Report of an investigation into the causes of malaria in Bombay and the measures necessary for its control
Disease focus: Malaria
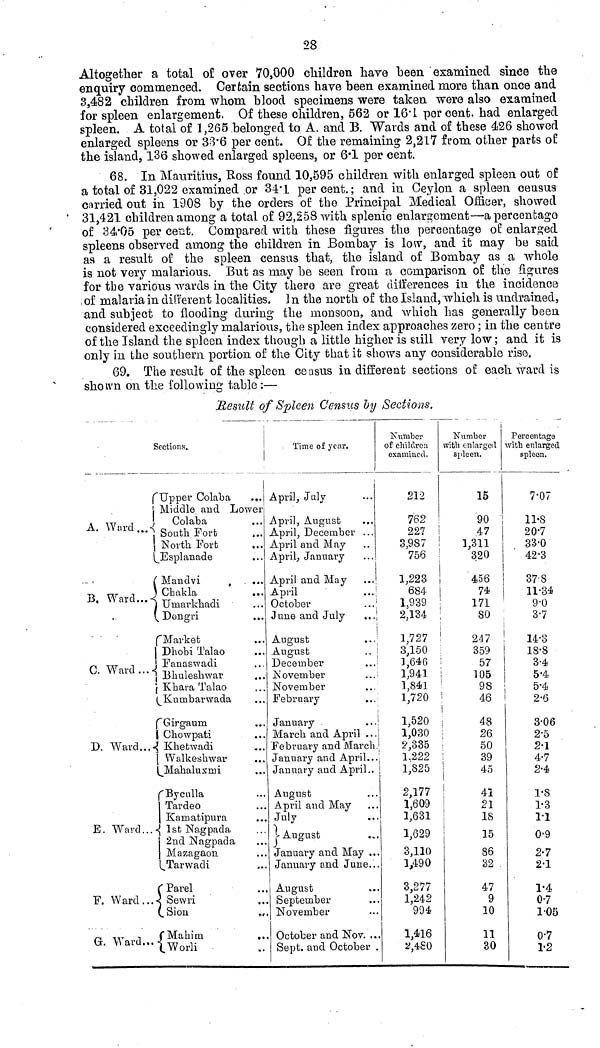
28
Altogether a total of over 70,000 children have been examined since the
enquiry commenced. Certain sections have been examined more than once and
3,482 children from whom blood specimens were taken were also examined
for spleen enlargement. Of these children, 562 or 16.1 per cent. had enlarged
spleen. A total of 1,265 belonged to A. and B. "Wards and of these 426 showed
enlarged spleens or 33.6 per cent. Of the remaining 2,217 from other parts of
the island, 136 showed enlarged spleens, or 6.1 per cent.
68. In Mauritius, Ross found 10,595 children with enlarged spleen out of
a total of 31,022 examined or 34.1 per cent.; and in Ceylon a spleen census
curried out in 19.08 by the orders of the Principal Medical Officer, showed
31,421 children among a total of 92,258 with splenic enlargement—a percentage
of 34.05 per cent. Compared with these figures the percentage of enlarged
spleens observed among the children in Bombay is low, and it may be said
as a result of the spleen census that, the island of Bombay as a whole
is not very malarious. But as may be seen from a comparison of the figures
for the various wards in the City there are great differences in the incidence
of malaria in different localities. In the north of the Island, which is undrained,
and subject to flooding during the monsoon, and which has generally been
considered exceedingly malarious, the spleen index approaches zero ; in the centre
of the Island the spleen index though a little higher is still very low ; and it is
only in the southern portion of the City that it shows any considerable rise.
69. The result of the spleen ceasus in different sections of each ward is
shown on the following table :—
Result of Spleen Census by Sections.
Sections.
1
f Upper Colaba
,,.
A. Wiird„,-
j Middle and Lower
I Colaba
] South Fort
1 North Fort
Esplanade
( Mandvi
B, Ward...-
C. Ward...
D. Ward...
E. Ward...
F. Ward...
G. Ward...
) Chakla
} Umarkhadi
V_ Dongri
f Market
1 Dhobi Talao
J Fanaswadi
} Bhuleshwar
j Kb ara Talaô
Kumbarwada
fGirgaum
1 Chowpati
•{ Khetwadi
| Walkeslrwar
Mahaluxrni
fByculla
Tardeo
Karoatipura
• <{ 1st Nagpada
2nd Nagpada
Mazagaon
(^Tarwadi
fParel
< Sewri
(Sion
fMabim
fWorli
Time of year.
1
April, July
April, August
April, December ...
April and May
April, January
April and May
April
...']
October
June and July
».,
August
August
December
November
November
February
January
March and April ...
February and March.
January and April...
January and April,.
August
April and May
July
t August
January and May ...
January and June...
August
September
November
October and Nov. ..
Sept. and October .
Number
of children
examined.
212
762
227 i
3,987 !
756
1,223
684
1,939
2,134
1,727
3,150
1,646
1,941
1,841
1,720
1,520
1,030
2,335
1.222
.
1,825
2,177
1,609
1,631
1 fi9Q
3,110
1,490
3,277
1,242
994
1,416
*,4S0
i
Number
with enlarged
spleen.
15
90 :
47
1,311
320
456
74
171
80
247
359
57
105
98
46
48
26
50
39
i
43
!
«
21
IS
1 K
10
86
82
47
9
10
11
30
Percentage
with enlarged
spleen.
7-07
11-8
20-7
33-0
42-3
378
11-34
9-0
3-7
14-3
18-8
3-4
5-4
5-4
2-6
3-06
2-5
2-1
4-7
2-4
1-8
1*3
1-1
A.Q
v y
2-7
2-1
1-4
0-7
i-oe
0-7
1-2